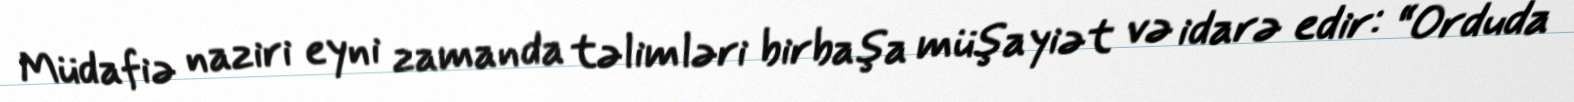
Müdafiə naziri eyni zamanda təlimləri birbaşa müşayiət və idarə edir: “Orduda